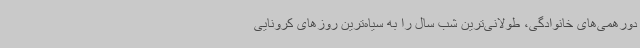
دورهمی‌های خانوادگی، طولانی‌ترین شب سال را به سیاه‌ترین روزهای کرونایی